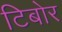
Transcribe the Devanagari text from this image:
टिबोर